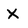
Character: x